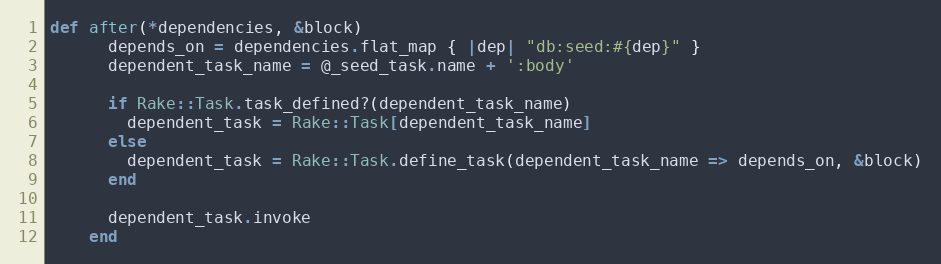
Language: Ruby
def after(*dependencies, &block)
      depends_on = dependencies.flat_map { |dep| "db:seed:#{dep}" }
      dependent_task_name = @_seed_task.name + ':body'

      if Rake::Task.task_defined?(dependent_task_name)
        dependent_task = Rake::Task[dependent_task_name]
      else
        dependent_task = Rake::Task.define_task(dependent_task_name => depends_on, &block)
      end

      dependent_task.invoke
    end